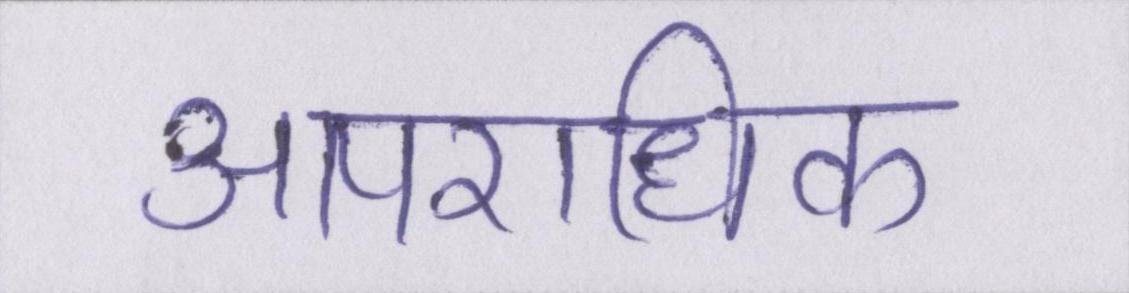
आपराधिक